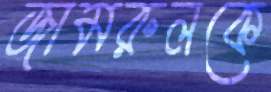
জামরুলকে